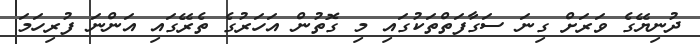
ދުނިޔޭގެ ވަރަށް ގިނަ ސަގާފަތްތަކުގައި މި ގޮތުން އަހަރުގެ ތެރޭގައި އަންނަ ފުރިހަމަ